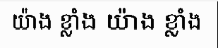
យ៉ាង ខ្លាំង យ៉ាង ខ្លាំង